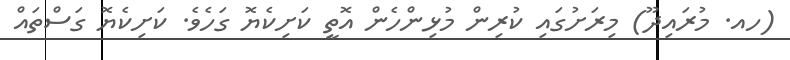
(ހއ. މުރައިދޫ) މިރަށުގައި ކުރިން މުޅިންހެން އޮތީ ކަށިކެޔޮ ގަހެވެ. ކަށިކެޔޮ ގަސްތައް